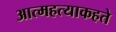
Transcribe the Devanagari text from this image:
आत्महत्याकहते